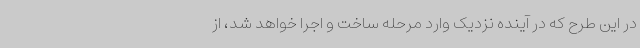
در این طرح که در آینده نزدیک وارد مرحله ساخت و اجرا خواهد شد، از